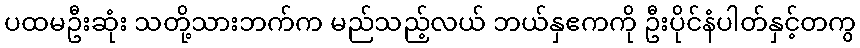
ပထမဦးဆုံး သတို့သားဘက်က မည်သည့်လယ် ဘယ်နှဧကကို ဦးပိုင်နံပါတ်နှင့်တကွ